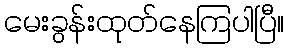
မေးခွန်းထုတ်နေကြပါပြီ။